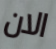
الان